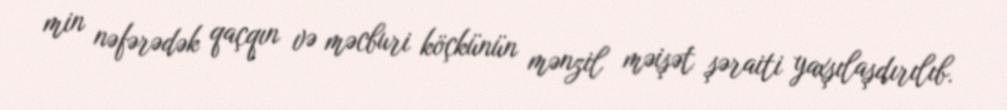
min nəfərədək qaçqın və məcburi köçkünün mənzil məişət şəraiti yaxşılaşdırılıb.